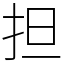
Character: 担